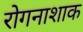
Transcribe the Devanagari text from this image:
रोगनाशाक